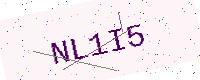
Text: NL1I5